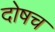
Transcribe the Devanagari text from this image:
दोषच